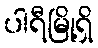
ပါရီမြို့ရှိ